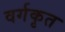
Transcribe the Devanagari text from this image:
वर्गकृत